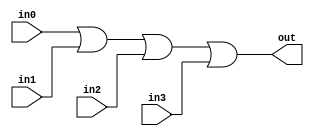
module four_input_or_gate (
    input wire in0,
    input wire in1,
    input wire in2,
    input wire in3,
    output wire out
);

assign out = in0 | in1 | in2 | in3;

endmodule